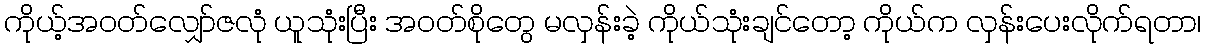
ကိုယ့်အဝတ်လျှော်ဇလုံ ယူသုံးပြီး အဝတ်စိုတွေ မလှန်းခဲ့ ကိုယ်သုံးချင်တော့ ကိုယ်က လှန်းပေးလိုက်ရတာ၊